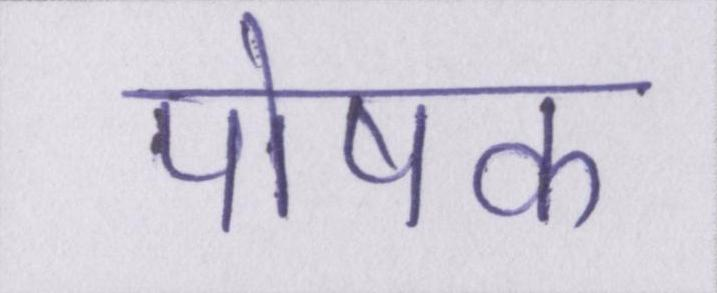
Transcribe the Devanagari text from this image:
पोषक